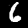
Label: 6